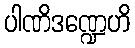
ပါဏိဒဏ္ဍေဟိ